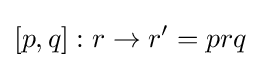
[p,q]:r\rightarrow r'=prq